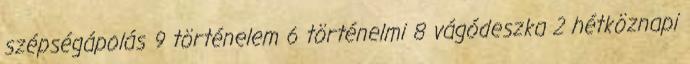
szépségápolás 9 történelem 6 történelmi 8 vágódeszka 2 hétköznapi